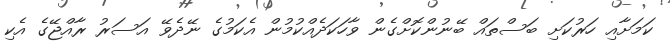
ކަމަށާއި ހަރުކަށި ބަސްތައް ބޭނުންކޮށްގެން ވާހަކަދެއްކުމުން އެކަމުގެ ނޭދެވޭ އަސަރު ރާއްޖޭގެ އެކި